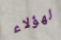
لهؤلاء